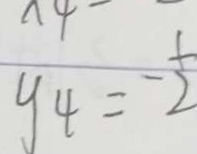
y _ { 4 } = - \frac { 1 } { 2 }